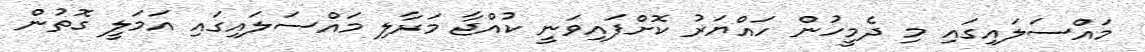
މައްސަލައިގައި މި ދެމީހުން ހައްޔަރު ކޮށްފައިވަނީ ކުއްޖާ މަރާލި މައްސަލައިގައި އަމަލީ ގޮތުން